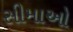
સીમાઓ